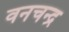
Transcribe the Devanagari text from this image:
वनचन्द्र